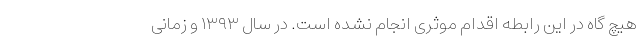
هیچ گاه در این رابطه اقدام موثری انجام نشده است. در سال ۱۳۹۳ و زمانی